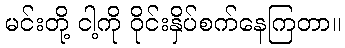
မင်းတို့ ငါ့ကို ဝိုင်းနှိပ်စက်နေကြတာ။